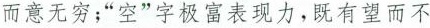
而意无穷；”空”字极富表现力，既有望而不